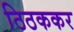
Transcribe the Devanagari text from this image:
ठिठककर